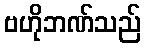
ဗဟိုဘဏ်သည်